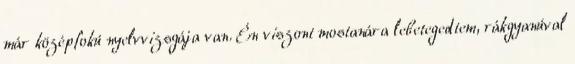
már középfokú nyelvvizsgája van. Én viszont mostanára lebetegedtem, rákgyanúval